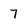
Character: 7